Rating (Scotland) Act, 1926, 1926
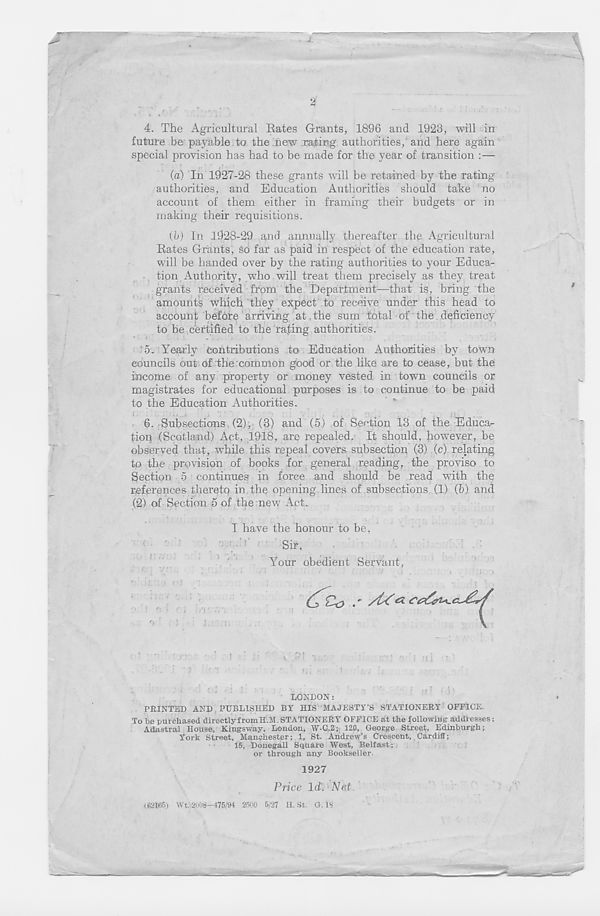
2
J
T
4. The Agricultural Rates Grants, 1896 and 1923, will in
future be payable to the new rating authorities, and here again
special provision has had to be made for the year of transition
(a) In 1927-28 these grants will be retained by the rating
authorities, and Education Authorities should take no
account of them either in framing their budgets or in
making their requisitions.
(b) In 1928-29 and annually thereafter the Agricultural
Rates Grants, so far as paid in respect of the education rate,
will be handed over by the rating authorities to your Educa-
tion Authority, who will treat them precisely as they treat
grants received from the Department—that is, bring the
amounts which they expect to receive under this head to
account before arriving at. the sum total of the deficiency
to be certified to the rating authorities.
5. Yearly contributions to Education Authorities by town
councils out of the common good or the like are to cease, but the
income of any property or money vested in town councils or
magistrates for educational purposes is to continue to be paid
to the Education Authorities.
6. Subsections (2), (3) and (5) of Section 13 of the Educa-
tion (Scotland) Act, 1918, are repealed. It should, however, be
observed that, while this repeal covers subsection (3) (c) relating
to the provision of books for general reading, the proviso to
Section 5 continues in force and should be read with the
references thereto in the opening lines of subsections (1) (b) and
(2) of Section 5 of the new Act.
I have the honour to be,
Sir,
Your obedient Servant,
. !
J.. s;
,
LONDON:
PRINTED AND PUBLISHED BY HIS MAJESTY’S STATIONERY OFFICE.
To be purchased directly from H.M. STATIONERY OFFICE at the following addresses:
Adastral House, Kingsway. London, W-C.2; 120, George Street, Edinburgh;
York Street, Manchester; 1, St. Andrew’s Crescent, Cardiff;
15, Donegall Square West, Belfast;
or through any Bookseller.
1927
Price Id. Nat
(62165) Wt.'2008—475/94 2500 5/27 H. St. G.l«